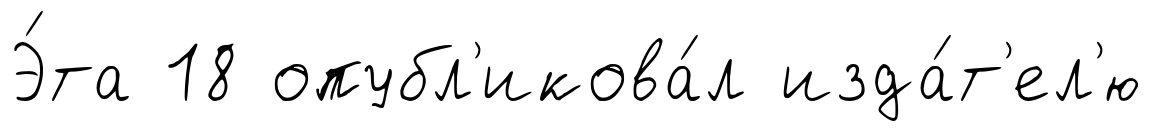
Э́та 18 опубл'икова́л изда́т'ел'ю